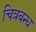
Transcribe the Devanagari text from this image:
चित्रबन्ध